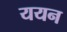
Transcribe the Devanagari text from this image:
ययन